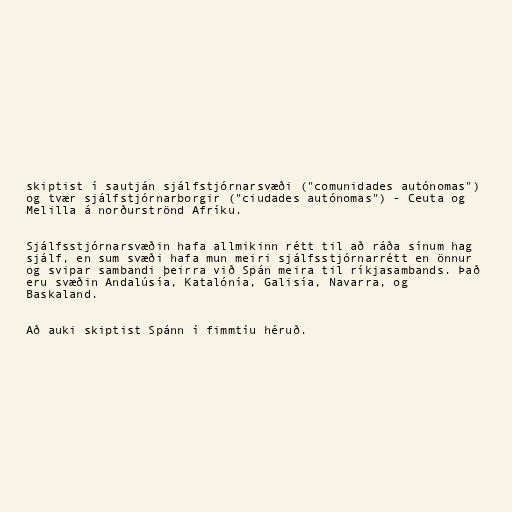
skiptist í sautján sjálfstjórnarsvæði ("comunidades autónomas")
og tvær sjálfstjórnarborgir ("ciudades autónomas") - Ceuta og
Melilla á norðurströnd Afríku.

Sjálfsstjórnarsvæðin hafa allmikinn rétt til að ráða sínum hag
sjálf, en sum svæði hafa mun meiri sjálfsstjórnarrétt en önnur
og svipar sambandi þeirra við Spán meira til ríkjasambands. Það
eru svæðin Andalúsía, Katalónía, Galisía, Navarra, og
Baskaland.

Að auki skiptist Spánn í fimmtíu héruð.